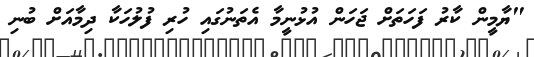
"ޔާމީން ކާރު ފަހަތަށް ޖަހަން އުޅުނީމާ އެތަނުގައި ހުރި ފުލުހަކާ ދިމާއަށް ބުނި